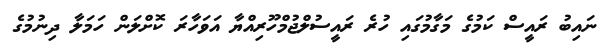
ނައިބު ރައީސް ކަމުގެ މަގާމުގައި ހުރެ ރައީސުލްޖުމްހޫރިއްޔާ އަވަހާރަ ކޮށްލަން ހަމަލާ ދިނުމުގެ